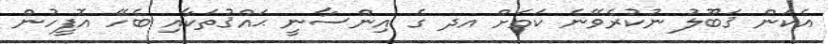
އެކަން ޤަބޫލު ނުކުރެވޭނެ ކަމަށް އދ ގެ އިންސާނީ ޙައްޤުތަކާއި ބެހޭ އޮފީހުން